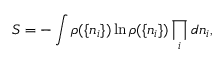
S = - \int \rho ( \{ n _ { i } \} ) \ln \rho ( \{ n _ { i } \} ) \prod _ { i } d n _ { i } ,